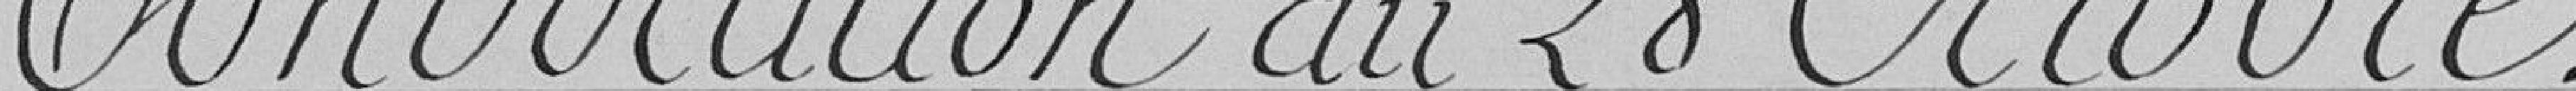
Convocation du 28 octobre